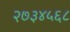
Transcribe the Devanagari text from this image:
२७३४५६८